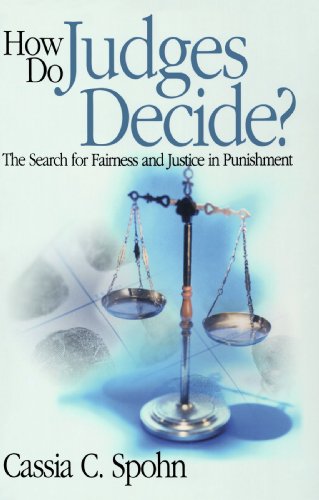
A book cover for How Do Judges Decide?: The Search for Fairness and Justice in Punishment (Key Questions for Criminal Justice); Cassia C. Spohn; Law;